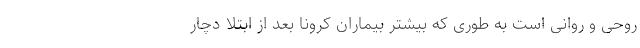
روحی و روانی است به ‌طوری‌ که بیشتر بیماران کرونا بعد از ابتلا دچار